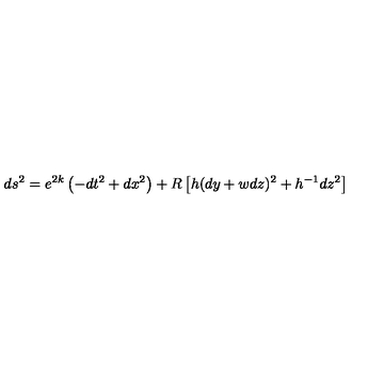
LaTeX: d s ^ { 2 } = e ^ { 2 k } \left( - d t ^ { 2 } + d x ^ { 2 } \right) + R \left[ h ( d y + w d z ) ^ { 2 } + h ^ { - 1 } d z ^ { 2 } \right]